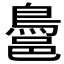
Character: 𪁨